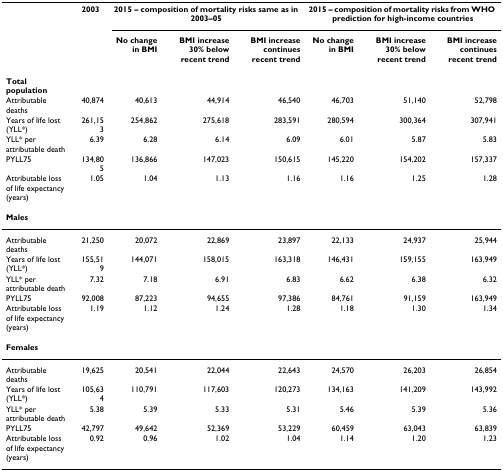
<table><thead><tr><td></td><td><b>2003</b></td><td colspan="3"><b>2015 – composition of mortality risks same as in 2003–05</b></td><td colspan="3"><b>2015 – composition of mortality risks from WHO prediction for high-income countries</b></td></tr><tr><td></td><td></td><td><b>No change in BMI</b></td><td><b>BMI increase 30% below recent trend</b></td><td><b>BMI increase continues recent trend</b></td><td><b>No change in BMI</b></td><td><b>BMI increase 30% below recent trend</b></td><td><b>BMI increase continues recent trend</b></td></tr></thead><tbody><tr><td><b>Total population</b></td><td></td><td></td><td></td><td></td><td></td><td></td><td></td></tr><tr><td>Attributable deaths</td><td>40,874</td><td>40,613</td><td>44,914</td><td>46,540</td><td>46,703</td><td>51,140</td><td>52,798</td></tr><tr><td>Years of life lost (YLL*)</td><td>261,153</td><td>254,862</td><td>275,618</td><td>283,591</td><td>280,594</td><td>300,364</td><td>307,941</td></tr><tr><td>YLL* per attributable death</td><td>6.39</td><td>6.28</td><td>6.14</td><td>6.09</td><td>6.01</td><td>5.87</td><td>5.83</td></tr><tr><td>PYLL75</td><td>134,805</td><td>136,866</td><td>147,023</td><td>150,615</td><td>145,220</td><td>154,202</td><td>157,337</td></tr><tr><td>Attributable loss of life expectancy (years)</td><td>1.05</td><td>1.04</td><td>1.13</td><td>1.16</td><td>1.16</td><td>1.25</td><td>1.28</td></tr><tr><td><b>Males</b></td><td></td><td></td><td></td><td></td><td></td><td></td><td></td></tr><tr><td>Attributable deaths</td><td>21,250</td><td>20,072</td><td>22,869</td><td>23,897</td><td>22,133</td><td>24,937</td><td>25,944</td></tr><tr><td>Years of life lost (YLL*)</td><td>155,519</td><td>144,071</td><td>158,015</td><td>163,318</td><td>146,431</td><td>159,155</td><td>163,949</td></tr><tr><td>YLL* per attributable death</td><td>7.32</td><td>7.18</td><td>6.91</td><td>6.83</td><td>6.62</td><td>6.38</td><td>6.32</td></tr><tr><td>PYLL75</td><td>92,008</td><td>87,223</td><td>94,655</td><td>97,386</td><td>84,761</td><td>91,159</td><td>163,949</td></tr><tr><td>Attributable loss of life expectancy (years)</td><td>1.19</td><td>1.12</td><td>1.24</td><td>1.28</td><td>1.18</td><td>1.30</td><td>1.34</td></tr><tr><td><b>Females</b></td><td></td><td></td><td></td><td></td><td></td><td></td><td></td></tr><tr><td>Attributable deaths</td><td>19,625</td><td>20,541</td><td>22,044</td><td>22,643</td><td>24,570</td><td>26,203</td><td>26,854</td></tr><tr><td>Years of life lost (YLL*)</td><td>105,634</td><td>110,791</td><td>117,603</td><td>120,273</td><td>134,163</td><td>141,209</td><td>143,992</td></tr><tr><td>YLL* per attributable death</td><td>5.38</td><td>5.39</td><td>5.33</td><td>5.31</td><td>5.46</td><td>5.39</td><td>5.36</td></tr><tr><td>PYLL75</td><td>42,797</td><td>49,642</td><td>52,369</td><td>53,229</td><td>60,459</td><td>63,043</td><td>63,839</td></tr><tr><td>Attributable loss of life expectancy (years)</td><td>0.92</td><td>0.96</td><td>1.02</td><td>1.04</td><td>1.14</td><td>1.20</td><td>1.23</td></tr></tbody></table>